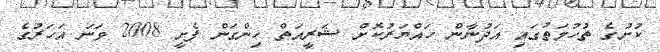
ކުށުގެ ތުހުމަތުގައި އަދުނާން ހައްޔަރުކޮށް ޝަރީއަތް ހިންގަން ފެށީ 2008 ވަނަ އަހަރުގެ